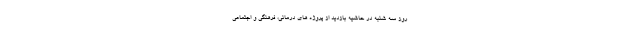
روز سه شنبه در حاشیه بازدید از پروژه های درمانی، فرهنگی و اجتماعی